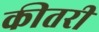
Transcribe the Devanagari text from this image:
कीतरी